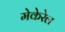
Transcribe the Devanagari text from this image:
मेकेरेल